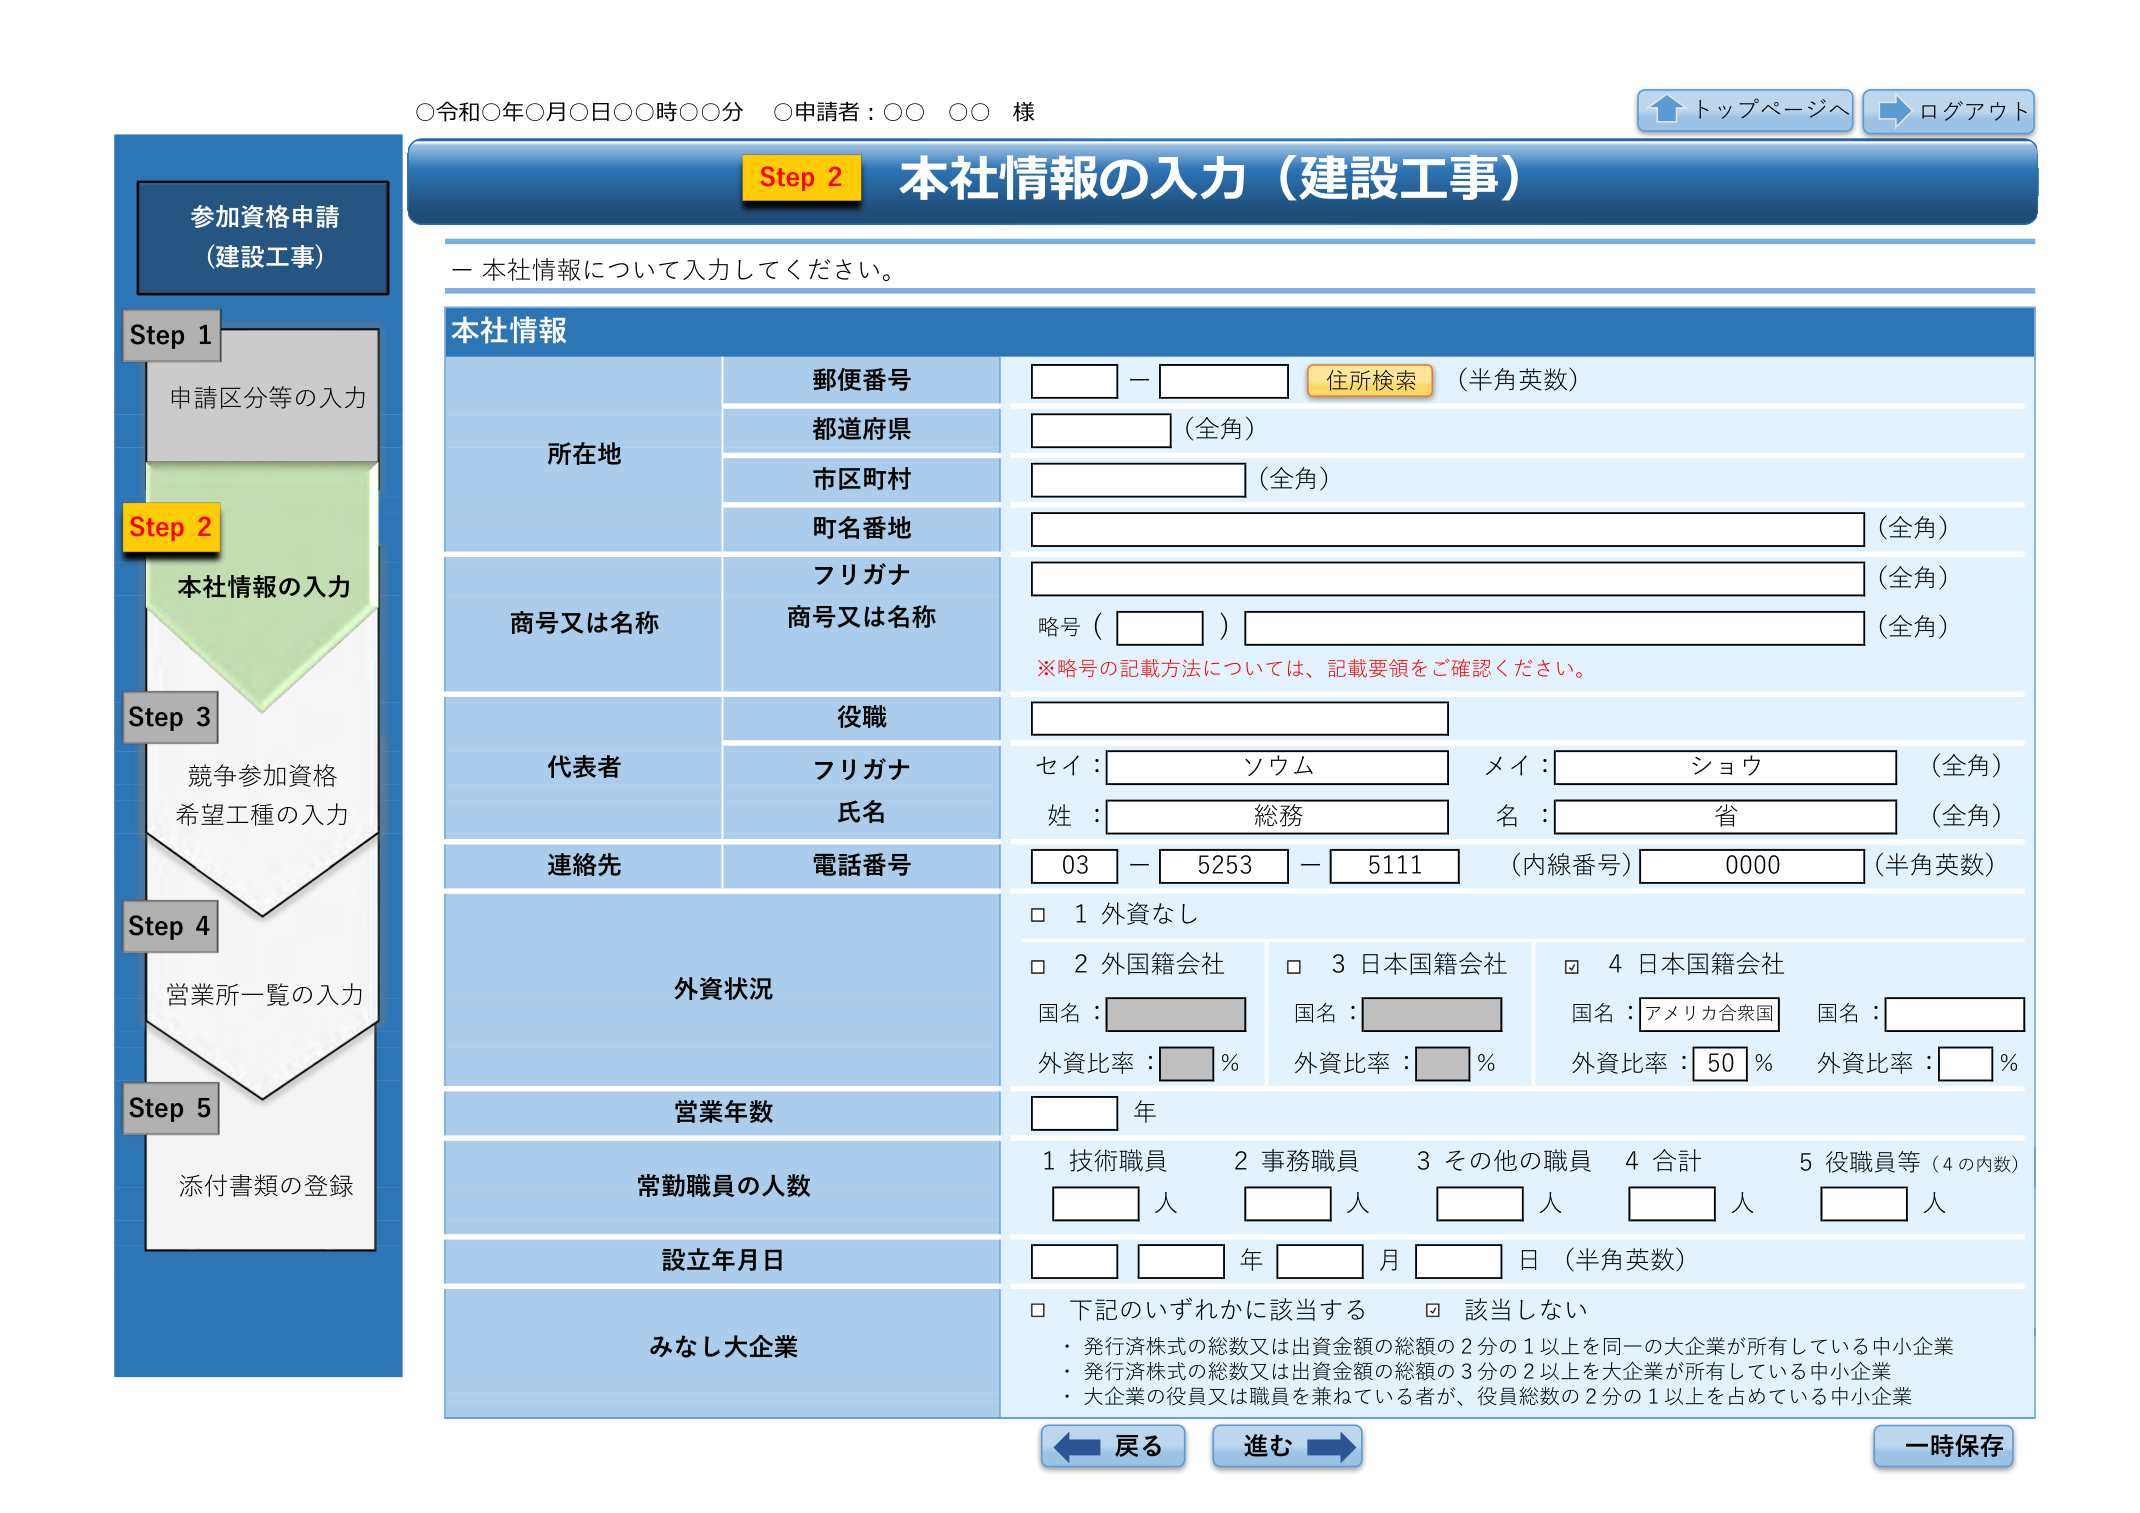
○令和○年○月○日○○時○○分 ○申請者：○○ ○○ 様

トップページへ ログアウト

参加資格申請
（建設工事）

Step 1
申請区分等の入力

Step 2
本社情報の入力

Step 3
競争参加資格
希望工種の入力

Step 4
営業所一覧の入力

Step 5
添付書類の登録

Step 2 本社情報の入力（建設工事）

ー 本社情報について入力してください。

本社情報

所在地
郵便番号
（半角英数）
住所検索
都道府県
（全角）
市区町村
（全角）
町名番地
（全角）

商号又は名称
フリガナ
商号又は名称
（全角）
略号（ ）
（全角）
※略号の記載方法については、記載要領をご確認ください。

代表者
役職
フリガナ
セイ： ソウム メイ： ショウ （全角）
氏名
姓： 総務 名： 省 （全角）

連絡先
電話番号
03 － 5253 － 5111 （内線番号） 0000 （半角英数）

外資状況
□ 1 外資なし
□ 2 外国籍会社
□ 3 日本国籍会社
☑ 4 日本国籍会社
国名： アメリカ合衆国
国名：
外資比率： 50 %
外資比率： □ %
外資比率： □ %
外資比率： □ %

営業年数
□ 年

常勤職員の人数
1 技術職員 □ 人
2 事務職員 □ 人
3 その他の職員 □ 人
4 合計 □ 人
5 役職員等（4の内数） □ 人

設立年月日
□ □ 年 □ □ 月 □ □ 日 （半角英数）

みなし大企業
□ 下記のいずれかに該当する
☑ 該当しない
・発行済株式の総数又は出資金額の総額の2分の1以上を同一の大企業が所有している中小企業
・発行済株式の総数又は出資金額の総額の3分の2以上を大企業が所有している中小企業
・大企業の役員又は職員を兼ねている者が、役員総数の2分の1以上を占めている中小企業

戻る 進む 一時保存